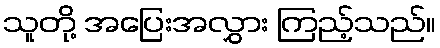
သူတို့ အပြေးအလွှား ကြည့်သည်။